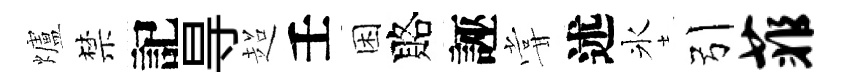
爐禁記㝵超壬困賂誣甞述氷引菲